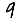
Digit: 9